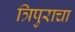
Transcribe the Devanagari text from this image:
त्रिपुराचा